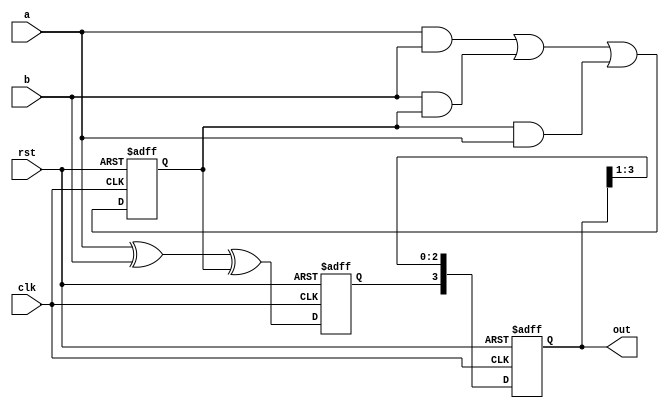
module fa(input a,b,rst,clk,
		output reg  [3:0]out);
reg sum,carry;
always @ (posedge rst , posedge clk)
begin
	if (rst)
		begin
			{sum,carry}<=2'd0;
			out<=4'd0; 
		end
	else 
		begin
			sum <= a^b^carry;
        		carry <= (a&b)|(b&carry)|(carry&a);
			out<={sum,out[3:1]};
		end
end
endmodule